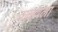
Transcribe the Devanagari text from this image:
वाळवला